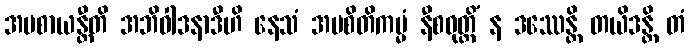
အပစာယန္တီတိ အဘိဝါဒနာဒီဟိ နေသံ အပစိတိကမ္မံ နီစဝုတ္တိံ န ဒဿေန္တိ တယိဒန္တိ တံ